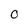
Character: 0